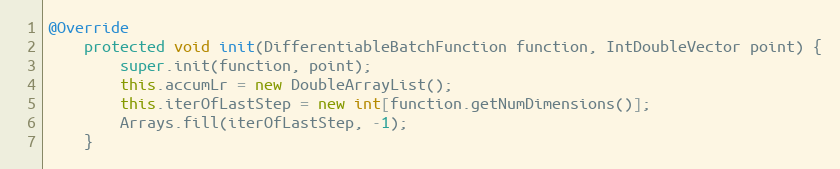
Language: Java
@Override
    protected void init(DifferentiableBatchFunction function, IntDoubleVector point) {
        super.init(function, point);
        this.accumLr = new DoubleArrayList();
        this.iterOfLastStep = new int[function.getNumDimensions()];
        Arrays.fill(iterOfLastStep, -1);
    }